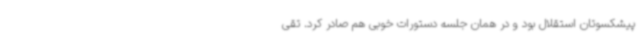
پیشکسوتان استقلال بود و در همان جلسه دستورات خوبی هم صادر کرد. تقی